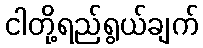
ငါတို့ရည်ရွယ်ချက်